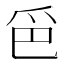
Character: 𱬷